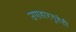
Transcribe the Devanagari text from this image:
उपाहारगृहेही